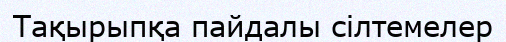
Тақырыпқа пайдалы сілтемелер